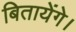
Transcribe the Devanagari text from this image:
बितायेंगे।